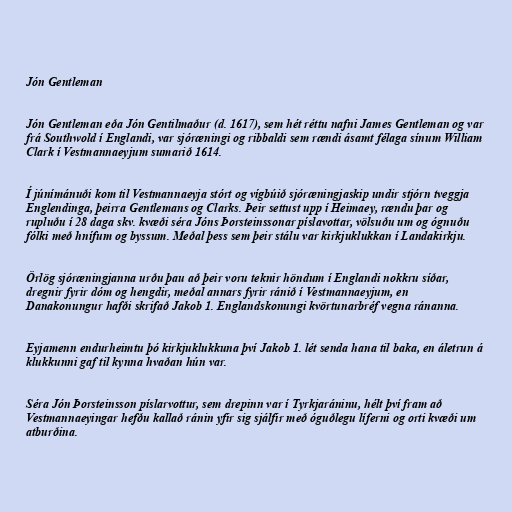
Jón Gentleman

Jón Gentleman eða Jón Gentilmaður (d. 1617), sem hét réttu nafni James Gentleman og var
frá Southwold í Englandi, var sjóræningi og ribbaldi sem rændi ásamt félaga sínum William
Clark í Vestmannaeyjum sumarið 1614.

Í júnímánuði kom til Vestmannaeyja stórt og vígbúið sjóræningjaskip undir stjórn tveggja
Englendinga, þeirra Gentlemans og Clarks. Þeir settust upp í Heimaey, rændu þar og
rupluðu í 28 daga skv. kvæði séra Jóns Þorsteinssonar píslavottar, völsuðu um og ógnuðu
fólki með hnífum og byssum. Meðal þess sem þeir stálu var kirkjuklukkan í Landakirkju.

Örlög sjóræningjanna urðu þau að þeir voru teknir höndum í Englandi nokkru síðar,
dregnir fyrir dóm og hengdir, meðal annars fyrir ránið í Vestmannaeyjum, en
Danakonungur hafði skrifað Jakob 1. Englandskonungi kvörtunarbréf vegna ránanna.

Eyjamenn endurheimtu þó kirkjuklukkuna því Jakob 1. lét senda hana til baka, en áletrun á
klukkunni gaf til kynna hvaðan hún var.

Séra Jón Þorsteinsson píslarvottur, sem drepinn var í Tyrkjaráninu, hélt því fram að
Vestmannaeyingar hefðu kallað ránin yfir sig sjálfir með óguðlegu líferni og orti kvæði um
atburðina.